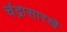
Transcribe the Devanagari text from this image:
चंद्रासारखे